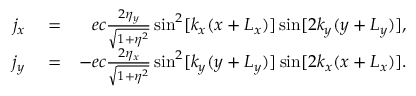
\begin{array} { r l r } { j _ { x } } & { { } = } & { e c \frac { 2 \eta _ { y } } { \sqrt { 1 + \eta ^ { 2 } } } \sin ^ { 2 } [ k _ { x } ( x + L _ { x } ) ] \sin [ 2 k _ { y } ( y + L _ { y } ) ] , } \\ { j _ { y } } & { { } = } & { - e c \frac { 2 \eta _ { x } } { \sqrt { 1 + \eta ^ { 2 } } } \sin ^ { 2 } [ k _ { y } ( y + L _ { y } ) ] \sin [ 2 k _ { x } ( x + L _ { x } ) ] . } \end{array}